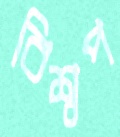
বিশ্বপ